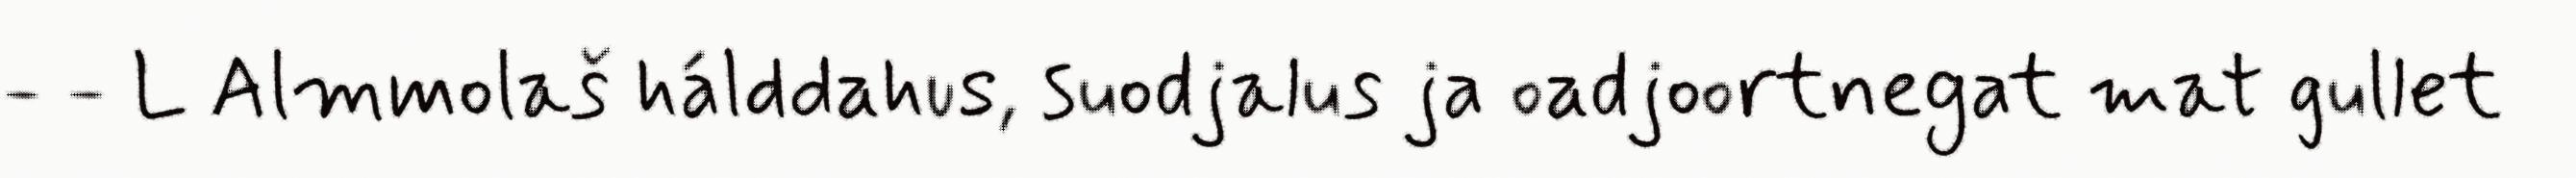
- - L Almmolaš hálddahus, suodjalus ja oadjoortnegat mat gullet